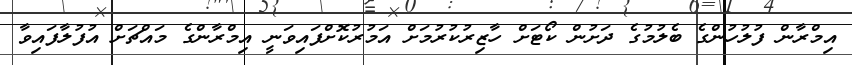
އިމްރާން ފުލުހުންގެ ބެލުމުގެ ދަށުން ކޯޓަށް ހާޒިރުކުރުމަށް އަމުރުކޮށްފައިވަނީ އިމްރާންގެ މައްޗަށް އުފުލާފައިވާ